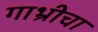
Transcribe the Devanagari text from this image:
गाभ्रीचा